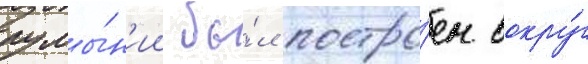
румы́н'ии бы́л постро́ен вокру́г